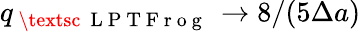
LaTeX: q_{\mathrm{~\textsc~{~L~P~T~F~r~o~g~}~}}\to 8/(5\Delta a)